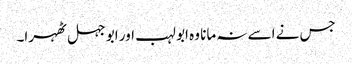
جس نے اسے نہ مانا وہ ابو لہب اور ابو جہل ٹھہرا۔